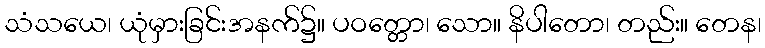
သံသယေ၊ ယုံမှားခြင်းအနက်၌။ ပဝတ္တော၊ သော။ နိပါတော၊ တည်း။ တေန၊